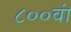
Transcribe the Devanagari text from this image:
८००वां